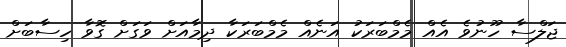
ޖަލްސާ ހޫނުވެ އެއް މެމްބަރަކު އަނެއް މެމްބަރަކާ ދިމާއަށް ވަގަށް ގޮވާ ހިސާބަށް